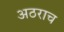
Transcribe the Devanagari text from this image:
अठराच